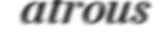
atrous